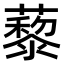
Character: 藜